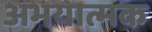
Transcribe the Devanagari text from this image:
अभयात्मक